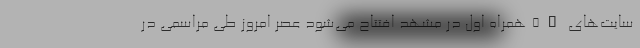
سایت‌های 5G همراه اول در مشهد افتتاح می‌شود عصر امروز طی مراسمی در